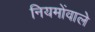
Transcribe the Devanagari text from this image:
नियमोंवाले